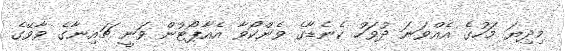
މިދިޔަ މަހުގެ އެއްވަނަ ދުވަހު ކެނެޑާގެ ވެންކޯވާ އެއާޕޯޓުން ވަނީ ޗައިނާގެ ވާވޭގެ